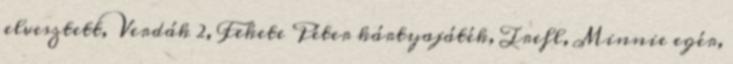
elvesztett, Verdák 2, Fekete Péter kártyajáték, Trefl, Minnie egér,